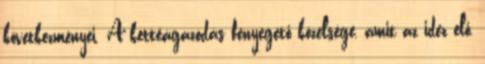
következményei. A kettéágazódás fenyegető közelsége, amit az idéz elő,